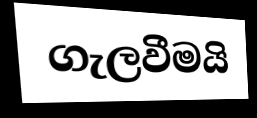
ගැලවීමයි